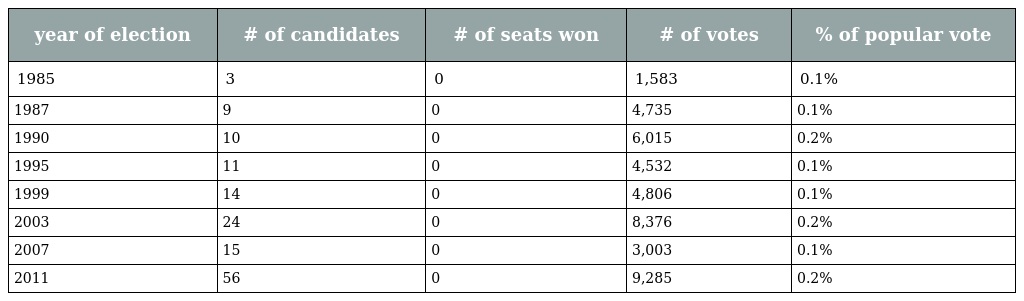
| year of election | # of candidates | # of seats won | # of votes | % of popular vote |
 | --- | --- | --- | --- | --- |
 | 1985 | 3 | 0 | 1,583 | 0.1% |
 | 1987 | 9 | 0 | 4,735 | 0.1% |
 | 1990 | 10 | 0 | 6,015 | 0.2% |
 | 1995 | 11 | 0 | 4,532 | 0.1% |
 | 1999 | 14 | 0 | 4,806 | 0.1% |
 | 2003 | 24 | 0 | 8,376 | 0.2% |
 | 2007 | 15 | 0 | 3,003 | 0.1% |
 | 2011 | 56 | 0 | 9,285 | 0.2% |